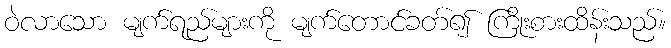
ဝဲလာသော မျက်ရည်များကို မျက်တောင်ခတ်၍ ကြိုးစားထိန်းသည်။